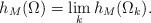
LaTeX: \begin{align*} h_M(\Omega)= \lim_k h_M(\Omega_k). \end{align*}